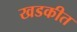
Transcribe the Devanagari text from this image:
खडकीत